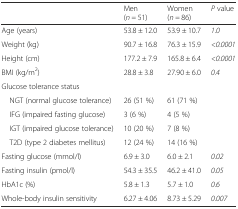
<table><thead><tr><td></td><td><b>Men (<i>n =</i> 51)</b></td><td><b>Women (<i>n =</i> 86)</b></td><td><b><i>P</i> value</b></td></tr></thead><tbody><tr><td>Age (years)</td><td>53.8 ± 12.0</td><td>53.9 ± 10.7</td><td><i>1.0</i></td></tr><tr><td>Weight (kg)</td><td>90.7 ± 16.8</td><td>76.3 ± 15.9</td><td><i>&lt;0.0001</i></td></tr><tr><td>Height (cm)</td><td>177.2 ± 7.9</td><td>165.8 ± 6.4</td><td><i>&lt;0.0001</i></td></tr><tr><td>BMI (kg/m<sup>2</sup>)</td><td>28.8 ± 3.8</td><td>27.90 ± 6.0</td><td><i>0.4</i></td></tr><tr><td colspan="4">Glucose tolerance status</td></tr><tr><td> NGT (normal glucose tolerance)</td><td>26 (51 %)</td><td>61 (71 %)</td><td></td></tr><tr><td> IFG (impaired fasting glucose)</td><td>3 (6 %)</td><td>4 (5 %)</td><td></td></tr><tr><td> IGT (impaired glucose tolerance)</td><td>10 (20 %)</td><td>7 (8 %)</td><td></td></tr><tr><td> T2D (type 2 diabetes mellitus)</td><td>12 (24 %)</td><td>14 (16 %)</td><td></td></tr><tr><td>Fasting glucose (mmol/l)</td><td>6.9 ± 3.0</td><td>6.0 ± 2.1</td><td><i>0.02</i></td></tr><tr><td>Fasting insulin (pmol/l)</td><td>54.3 ± 35.5</td><td>46.2 ± 41.0</td><td><i>0.05</i></td></tr><tr><td>HbA1c (%)</td><td>5.8 ± 1.3</td><td>5.7 ± 1.0</td><td><i>0.6</i></td></tr><tr><td>Whole-body insulin sensitivity</td><td>6.27 ± 4.06</td><td>8.73 ± 5.29</td><td><i>0.007</i></td></tr></tbody></table>